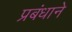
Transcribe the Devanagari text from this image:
प्रबंधाने